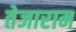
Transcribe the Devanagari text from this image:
तेजाराम